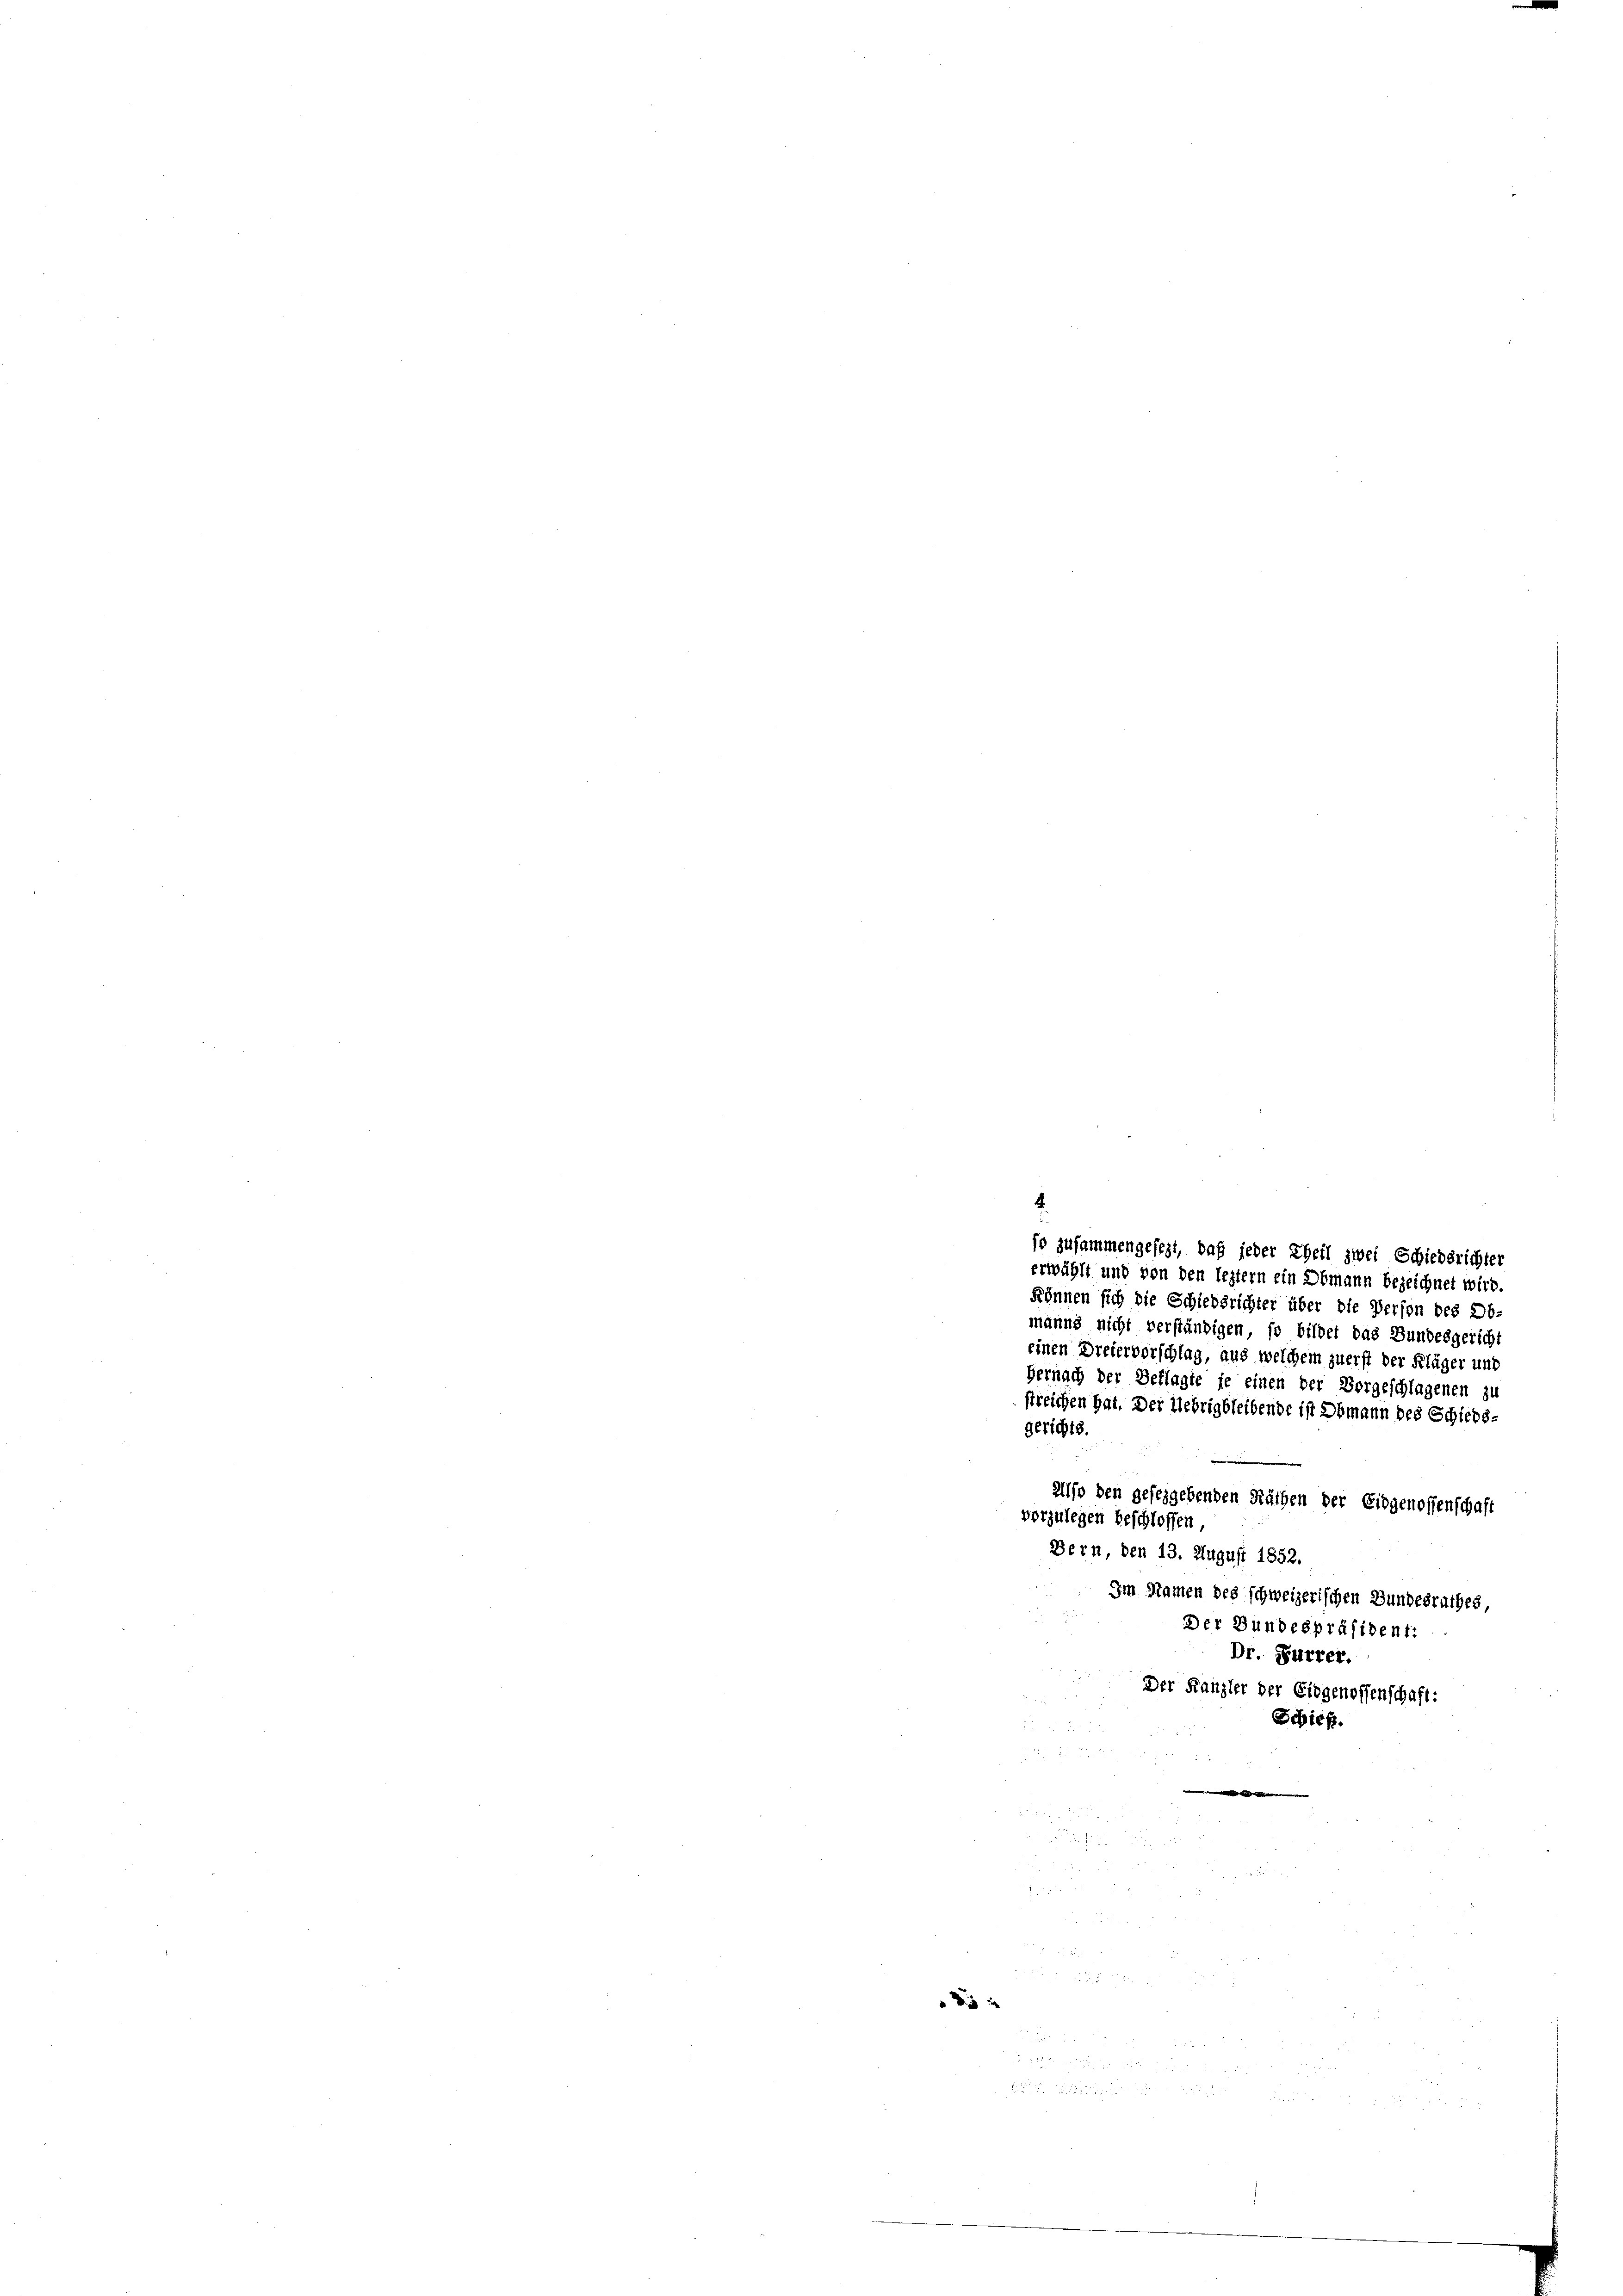
s
so zusammengesezt, daß jeder Theil zwei Schiedsrichter
erwählt und von den leztern ein Obmann bezeichnet wird.
können sich die Schiedsrichter über die Person des ab-
manns nicht verständigen, so bildet das Bundesgericht
einen Dreiervorschlag, aus welchem zuerst der Kläger und
Hernach der Beklagte je einen der Vorgeschlagenen zu
streichen hat. Der Uebrig bleibende ist Obmann des Schieds-
gerichts.

also den gefeggebenden Räthen der Eidgenossenschaft
vorzulegen beschlossen.
Bern, den 13. August 1852.
Im Namen des schweizerischen Bundesrathes
Der Bundespräsident:
Dr. Furrer.
Der Kanzler der Eidgenossenschaft:
Schieß.

4

5 x

.